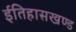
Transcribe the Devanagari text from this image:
ईतिहासखण्ड